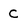
Character: C